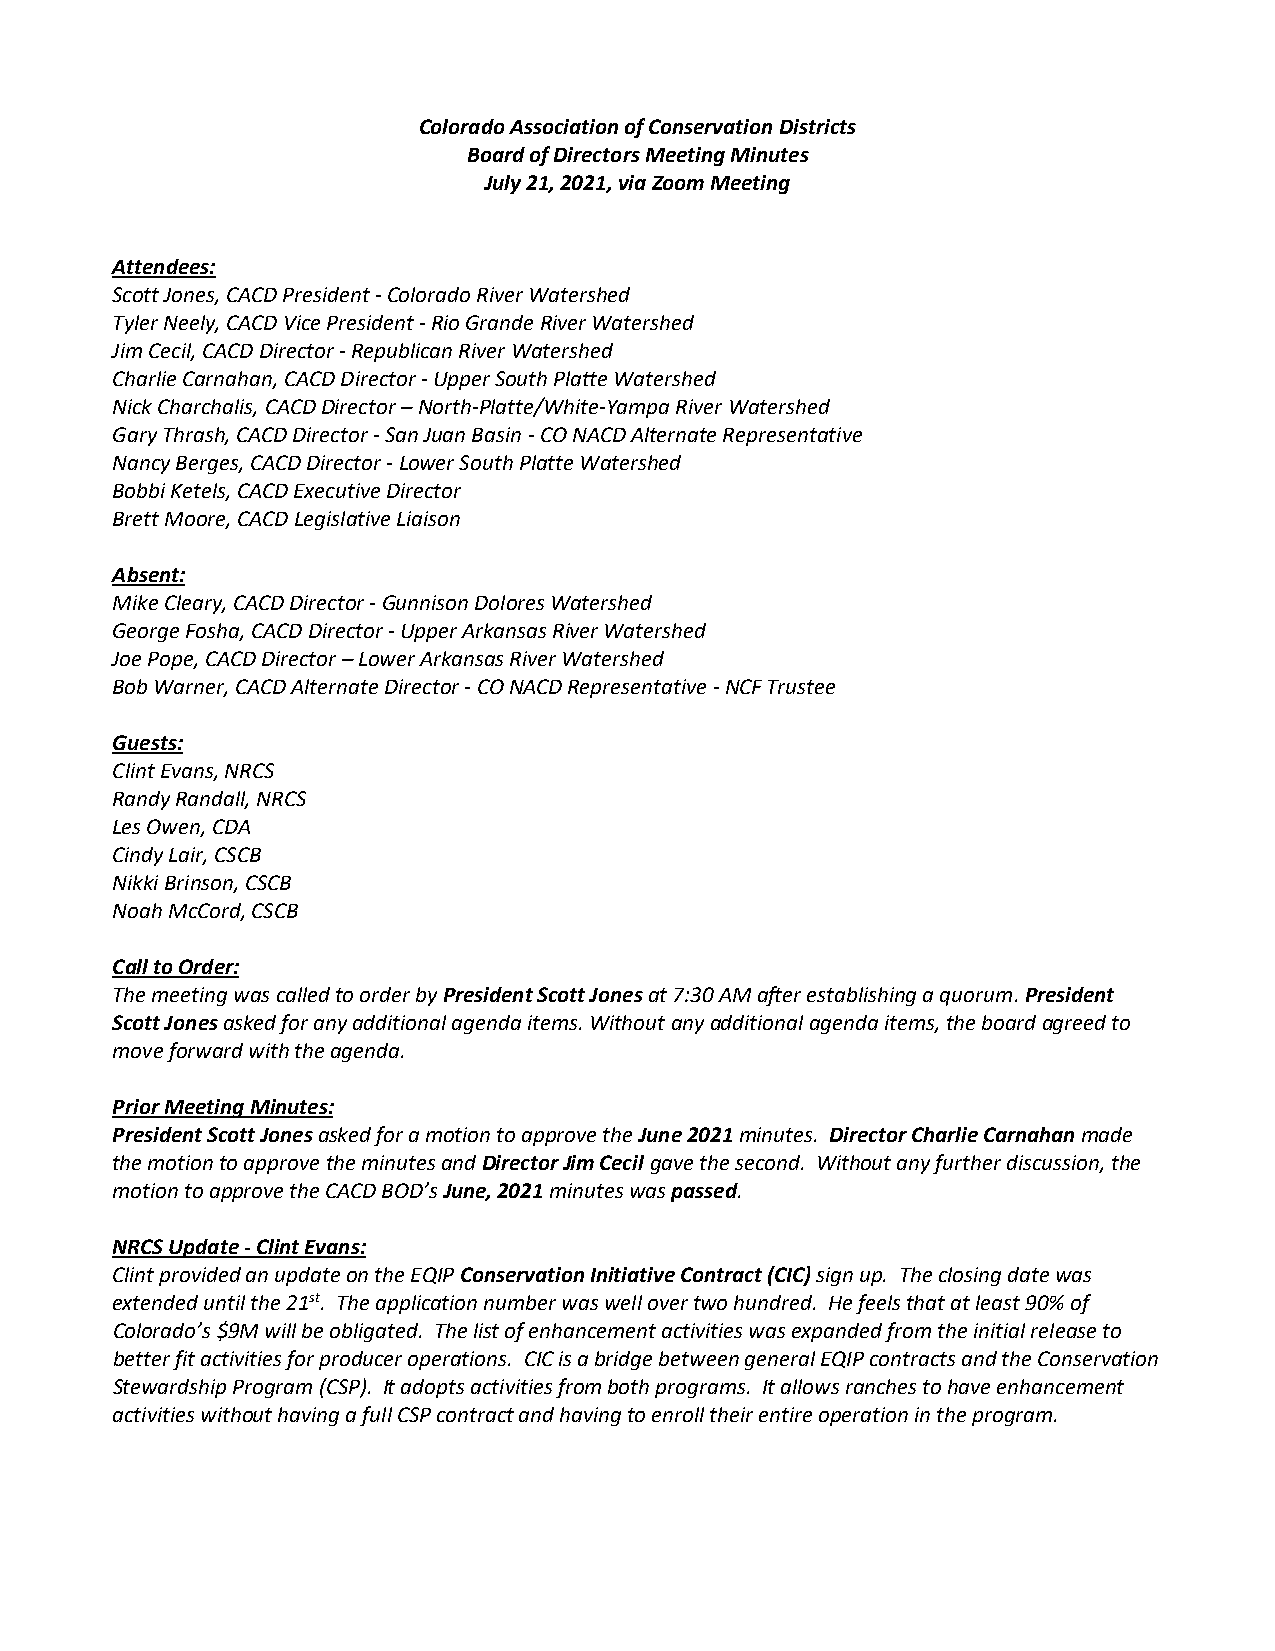
Colorado Association of Conservation Districts
 Board of Directors Meeting Minutes
 July 21, 2021, via Zoom Meeting
 Attendees:
 Scott Jones, CACD President - Colorado River Watershed
 Tyler Neely, CACD Vice President - Rio Grande River Watershed
 Jim Cecil, CACD Director - Republican River Watershed
 Charlie Carnahan, CACD Director - Upper South Platte Watershed
 Nick Charchalis, CACD Director – North-Platte/White-Yampa River Watershed
 Gary Thrash, CACD Director - San Juan Basin - CO NACD Alternate Representative
 Nancy Berges, CACD Director - Lower South Platte Watershed
 Bobbi Ketels, CACD Executive Director
 Brett Moore, CACD Legislative Liaison
 Absent:
 Mike Cleary, CACD Director - Gunnison Dolores Watershed
 George Fosha, CACD Director - Upper Arkansas River Watershed
 Joe Pope, CACD Director – Lower Arkansas River Watershed
 Bob Warner, CACD Alternate Director - CO NACD Representative - NCF Trustee
 Guests:
 Clint Evans, NRCS
 Randy Randall, NRCS
 Les Owen, CDA
 Cindy Lair, CSCB
 Nikki Brinson, CSCB
 Noah McCord, CSCB
 Call to Order:
 The meeting was called to order by President Scott Jones at 7:30 AM after establishing a quorum. President
 Scott Jones asked for any additional agenda items. Without any additional agenda items, the board agreed to
 move forward with the agenda.
 Prior Meeting Minutes:
 President Scott Jones asked for a motion to approve the June 2021 minutes. Director Charlie Carnahan made
 the motion to approve the minutes and Director Jim Cecil gave the second. Without any further discussion, the
 motion to approve the CACD BOD’s June, 2021 minutes was passed.
 NRCS Update - Clint Evans:
 Clint provided an update on the EQIP Conservation Initiative Contract (CIC) sign up. The closing date was
 extended until the 21st. The application number was well over two hundred. He feels that at least 90% of
 Colorado’s $9M will be obligated. The list of enhancement activities was expanded from the initial release to
 better fit activities for producer operations. CIC is a bridge between general EQIP contracts and the Conservation
 Stewardship Program (CSP). It adopts activities from both programs. It allows ranches to have enhancement
 activities without having a full CSP contract and having to enroll their entire operation in the program.